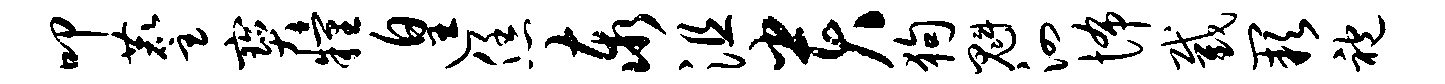
叩麈宝粮遑恁泰沮贵狗魁泗怖截缺袍